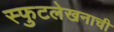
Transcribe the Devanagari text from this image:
स्फुटलेखनाची